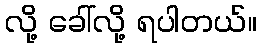
လို့ ခေါ်လို့ ရပါတယ်။